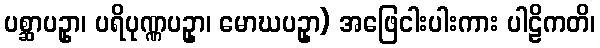
ပစ္ဆာပဥှာ၊ ပရိပုဏ္ဏပဥှာ၊ မောဃပဥှာ) အဖြေငါးပါးကား ပါဠိကတိ၊